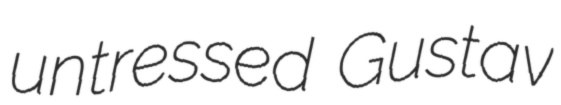
untressed Gustav